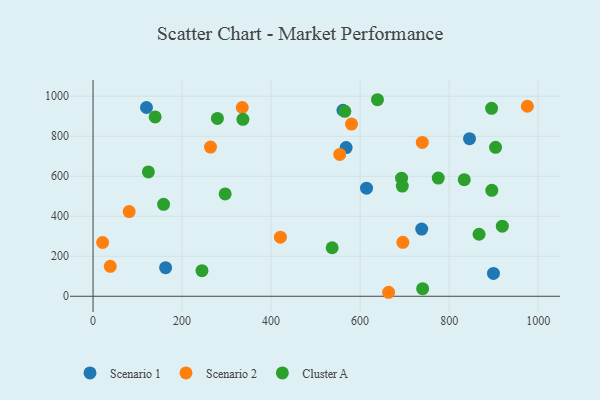
{"axis": {"x": "Engine Size", "y": "Rating"}, "legend": ["Cluster A", "Scenario 1", "Scenario 2"], "data": [{"x": "120.0", "y": 943.8, "type": "Scenario 1"}, {"x": "899.6", "y": 114.1, "type": "Scenario 1"}, {"x": "738.4", "y": 335.8, "type": "Scenario 1"}, {"x": "568.6", "y": 743.2, "type": "Scenario 1"}, {"x": "614.4", "y": 540.4, "type": "Scenario 1"}, {"x": "163.0", "y": 142.8, "type": "Scenario 1"}, {"x": "561.5", "y": 930.0, "type": "Scenario 1"}, {"x": "845.8", "y": 788.1, "type": "Scenario 1"}, {"x": "739.7", "y": 769.3, "type": "Scenario 2"}, {"x": "664.0", "y": 19.9, "type": "Scenario 2"}, {"x": "975.8", "y": 949.9, "type": "Scenario 2"}, {"x": "21.5", "y": 268.8, "type": "Scenario 2"}, {"x": "81.1", "y": 423.5, "type": "Scenario 2"}, {"x": "38.7", "y": 149.8, "type": "Scenario 2"}, {"x": "580.7", "y": 860.9, "type": "Scenario 2"}, {"x": "335.2", "y": 943.7, "type": "Scenario 2"}, {"x": "420.9", "y": 295.3, "type": "Scenario 2"}, {"x": "554.2", "y": 709.2, "type": "Scenario 2"}, {"x": "696.0", "y": 269.7, "type": "Scenario 2"}, {"x": "263.9", "y": 746.1, "type": "Scenario 2"}, {"x": "336.7", "y": 884.4, "type": "Cluster A"}, {"x": "639.0", "y": 982.6, "type": "Cluster A"}, {"x": "537.2", "y": 242.4, "type": "Cluster A"}, {"x": "296.8", "y": 511.6, "type": "Cluster A"}, {"x": "895.9", "y": 529.5, "type": "Cluster A"}, {"x": "895.4", "y": 939.5, "type": "Cluster A"}, {"x": "158.5", "y": 459.5, "type": "Cluster A"}, {"x": "775.6", "y": 590.7, "type": "Cluster A"}, {"x": "904.3", "y": 744.4, "type": "Cluster A"}, {"x": "919.5", "y": 350.5, "type": "Cluster A"}, {"x": "244.7", "y": 128.1, "type": "Cluster A"}, {"x": "693.1", "y": 590.2, "type": "Cluster A"}, {"x": "565.6", "y": 924.7, "type": "Cluster A"}, {"x": "694.8", "y": 550.8, "type": "Cluster A"}, {"x": "834.0", "y": 582.9, "type": "Cluster A"}, {"x": "740.5", "y": 37.8, "type": "Cluster A"}, {"x": "279.4", "y": 889.0, "type": "Cluster A"}, {"x": "139.5", "y": 896.4, "type": "Cluster A"}, {"x": "867.2", "y": 310.0, "type": "Cluster A"}, {"x": "124.3", "y": 621.6, "type": "Cluster A"}]}